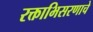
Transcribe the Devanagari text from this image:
रक्ताभिसरणाचे